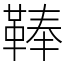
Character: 䩬